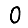
Digit: 0